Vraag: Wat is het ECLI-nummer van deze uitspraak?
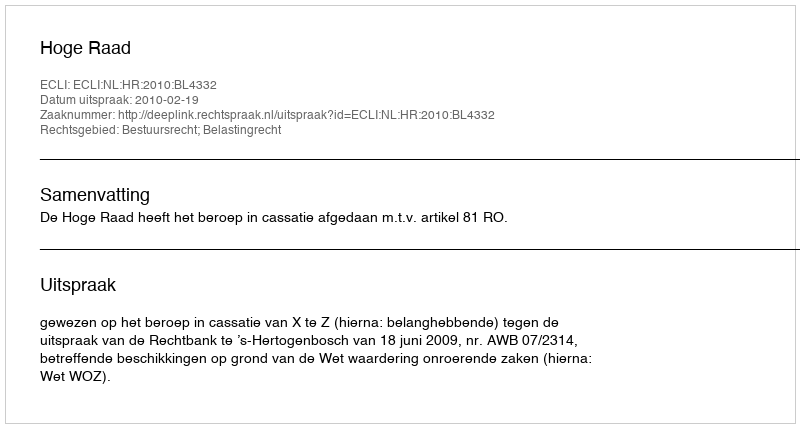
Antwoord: ECLI:NL:HR:2010:BL4332